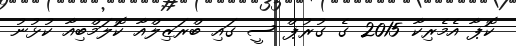
ކޮޕާ އެމެރިކާ 2015 ގެ ގުރުޕް ސީ ގައި ބްރަޒިލްއާ ކޮލަމްބިއާ ކުޅުނު